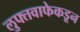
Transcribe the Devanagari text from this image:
लुफ्तवाफेकडून